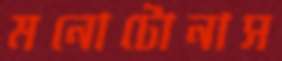
মনোটোনাস